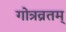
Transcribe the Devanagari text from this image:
गोत्रव्रतम्